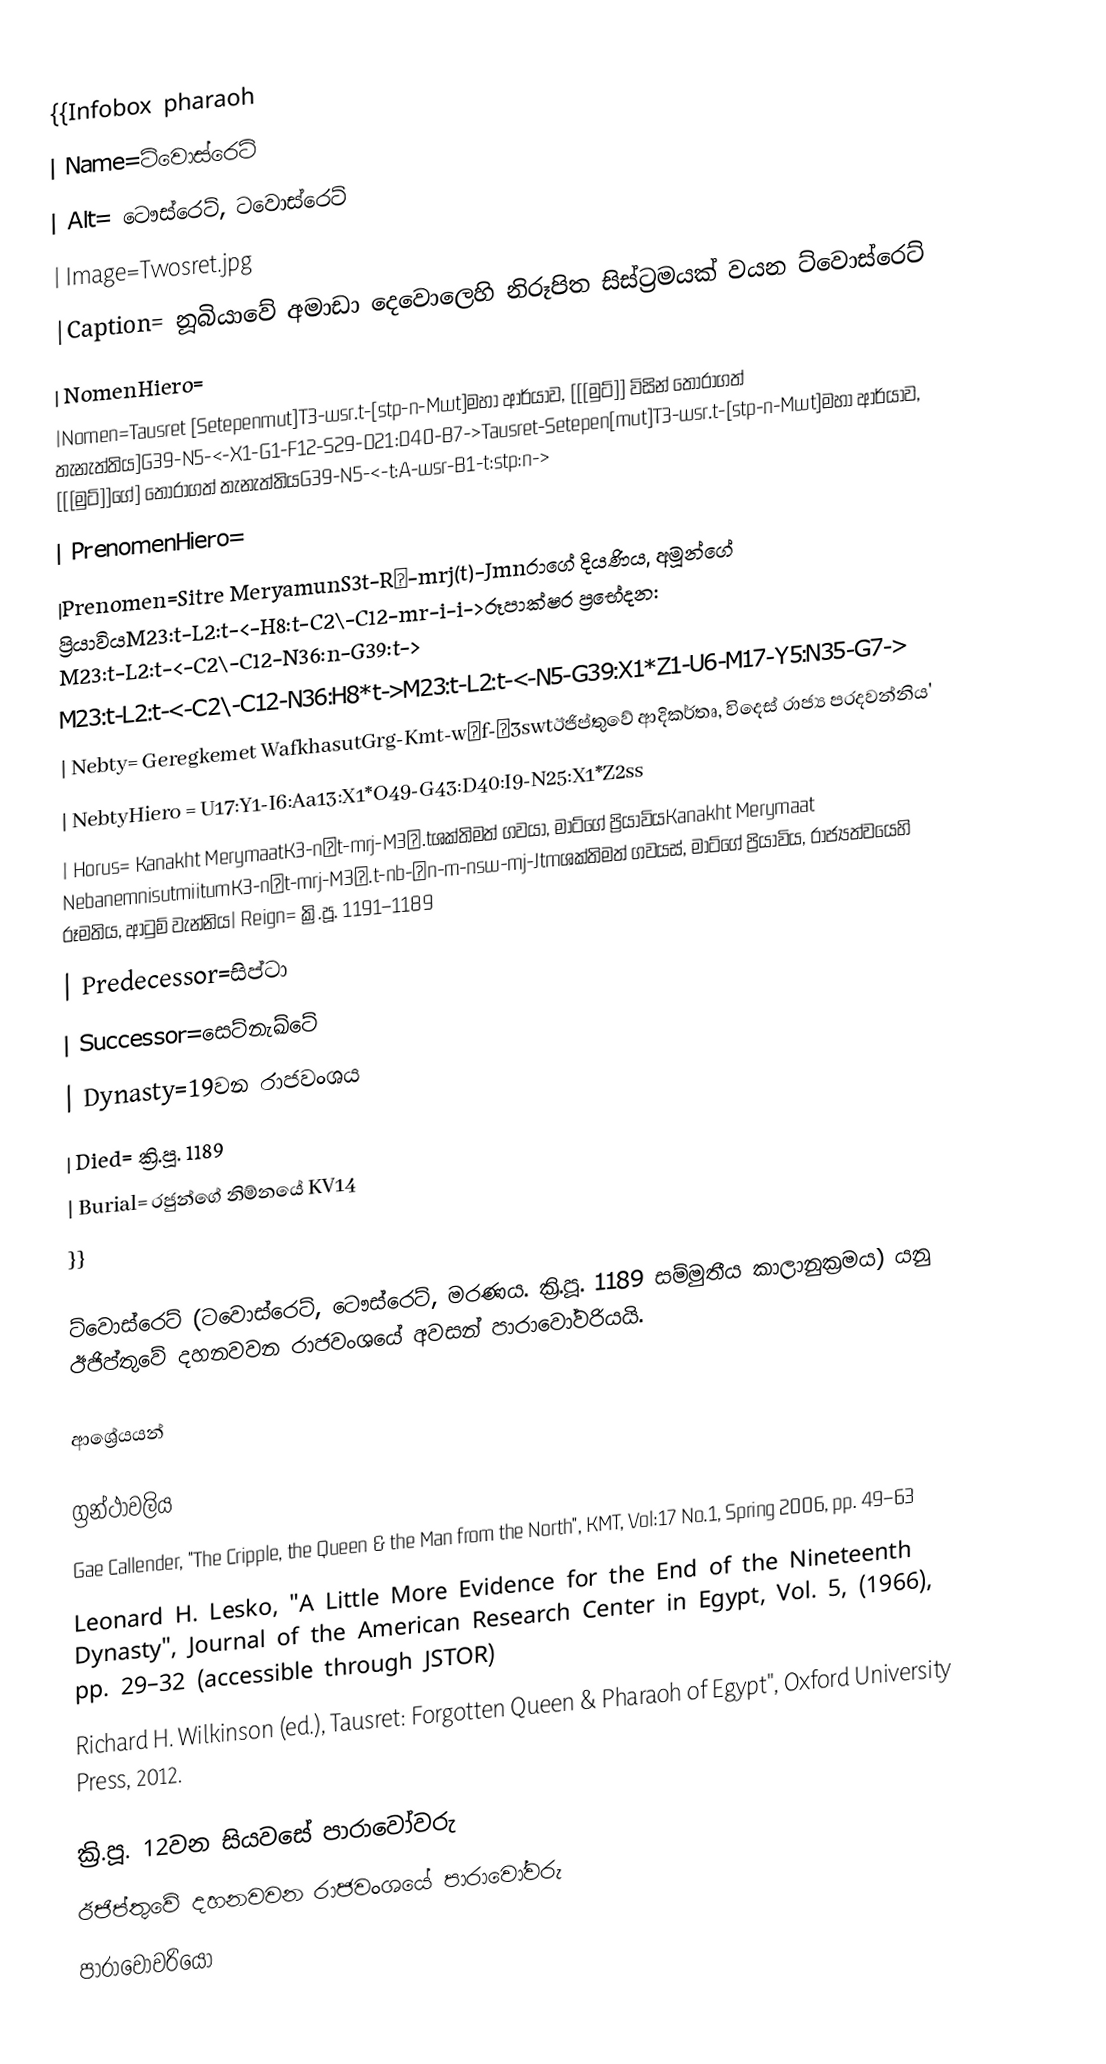
{{Infobox pharaoh
| Name=ට්වොස්රෙට්
| Alt= ටෞස්රෙට්, ටවොස්රෙට්
| Image=Twosret.jpg
|Caption= නූබියාවේ අමාඩා දෙවොලෙහි නිරූපිත සිස්ට්‍රමයක් වයන ට්වොස්රෙට්
| NomenHiero=
|Nomen=Tausret [Setepenmut]T3-wsr.t-[stp-n-Mwt]මහා ආර්යාව, [[[මුට්]] විසින් තෝරාගත් තැනැත්තිය]G39-N5-<-X1-G1-F12-S29-D21:D40-B7->Tausret-Setepen[mut]T3-wsr.t-[stp-n-Mwt]මහා ආර්යාව, [[[මුට්]]ගේ] තෝරාගත් තැනැත්තියG39-N5-<-t:A-wsr-B1-t:stp:n->
| PrenomenHiero=
|Prenomen=Sitre MeryamunS3t-Rˁ-mrj(t)-Jmnරාගේ දියණිය, අමූන්ගේ ප්‍රියාවියM23:t-L2:t-<-H8:t-C2\-C12-mr-i-i->රූපාක්ෂර ප්‍රභේදන: M23:t-L2:t-<-C2\-C12-N36:n-G39:t->
M23:t-L2:t-<-C2\-C12-N36:H8*t->M23:t-L2:t-<-N5-G39:X1*Z1-U6-M17-Y5:N35-G7->
| Nebty= Geregkemet WafkhasutGrg-Kmt-wˁf-ḫ3swtඊජිප්තුවේ ආදිකර්තෘ, විදෙස් රාජ්‍ය පරදවන්නිය'
| NebtyHiero = U17:Y1-I6:Aa13:X1*O49-G43:D40:I9-N25:X1*Z2ss
| Horus= Kanakht MerymaatK3-nḫt-mrj-M3ˁ.tශක්තිමත් ගවයා, මාට්ගේ ප්‍රියාවියKanakht Merymaat NebanemnisutmiitumK3-nḫt-mrj-M3ˁ.t-nb-ˁn-m-nsw-mj-Jtmශක්තිමත් ගවයස්, මාට්ගේ ප්‍රියාවිය, රාජ්‍යත්වයෙහි රූමතිය, ආටුම් වැන්නිය| Reign= ක්‍රි.පූ. 1191–1189
| Predecessor=සිප්ටා
| Successor=සෙට්නැඛ්ටේ
| Dynasty=19වන රාජවංශය
| Died= ක්‍රි.පූ. 1189
| Burial= රජුන්ගේ නිම්නයේ KV14
}}

ට්වොස්රෙට් (ටවොස්රෙට්, ටෞස්රෙට්, මරණය. ක්‍රි.පූ. 1189 සම්මුතීය කාලානුක්‍රමය) යනු ඊජිප්තුවේ දහනවවන රාජවංශයේ අවසන් පාරාවෝවරියයි.

ආශ්‍රේයයන්

ග්‍රන්ථාවලිය
 Gae Callender, "The Cripple, the Queen & the Man from the North", KMT, Vol:17 No.1, Spring 2006, pp. 49–63
 Leonard H. Lesko, "A Little More Evidence for the End of the Nineteenth Dynasty", Journal of the American Research Center in Egypt, Vol. 5, (1966), pp. 29–32 (accessible through JSTOR)
 Richard H. Wilkinson (ed.), Tausret: Forgotten Queen & Pharaoh of Egypt'', Oxford University Press, 2012.

ක්‍රි.පූ. 12වන සියවසේ පාරාවෝවරු
ඊජිප්තුවේ දහනවවන රාජවංශයේ පාරාවෝවරු
පාරාවෝවරියෝ